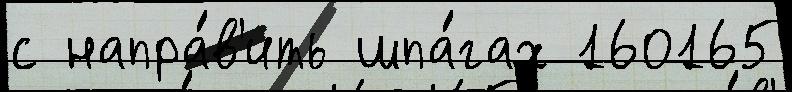
с напра́в'ить шпа́гах 160165